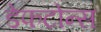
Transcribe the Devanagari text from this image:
डेफटोन्स